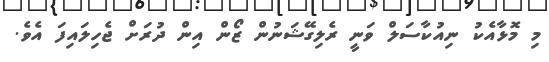
މި މޮޅާއެކު ނިއުކާސަލް ވަނީ ރެލިގޭޝަނުން ޒޯން އިން ދުރަށް ޖެހިލައިފަ އެވެ.